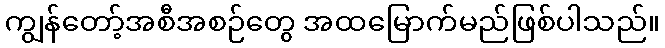
ကျွန်တော့်အစီအစဉ်တွေ အထမြောက်မည်ဖြစ်ပါသည်။